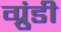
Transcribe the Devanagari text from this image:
ग्रुंडी